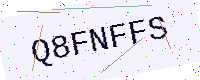
Text: Q8FNFFS